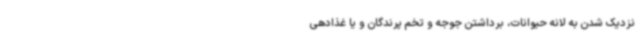
نزدیک شدن به لانه حیوانات، برداشتن جوجه و تخم پرندگان و یا غذادهی